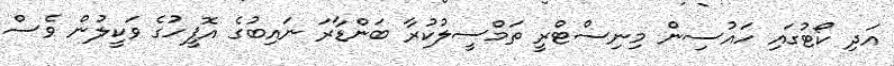
އަދި ކޯޓުގައި ހައުސިން މިނިސްޓްރީ ތަމްސީލުކުރާ ބަންޑާރަ ނައިބުގެ އޮފީހުގެ ވަކީލުން ވެސް